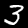
Label: 3